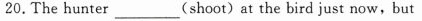
20.The hunter ___ (shoot) at the bird just now, but